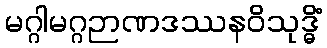
မဂ္ဂါမဂ္ဂဉာဏဒဿနဝိသုဒ္ဓိံ